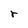
Character: r